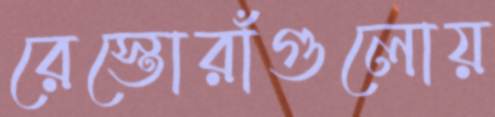
রেস্তোরাঁগুলোয়